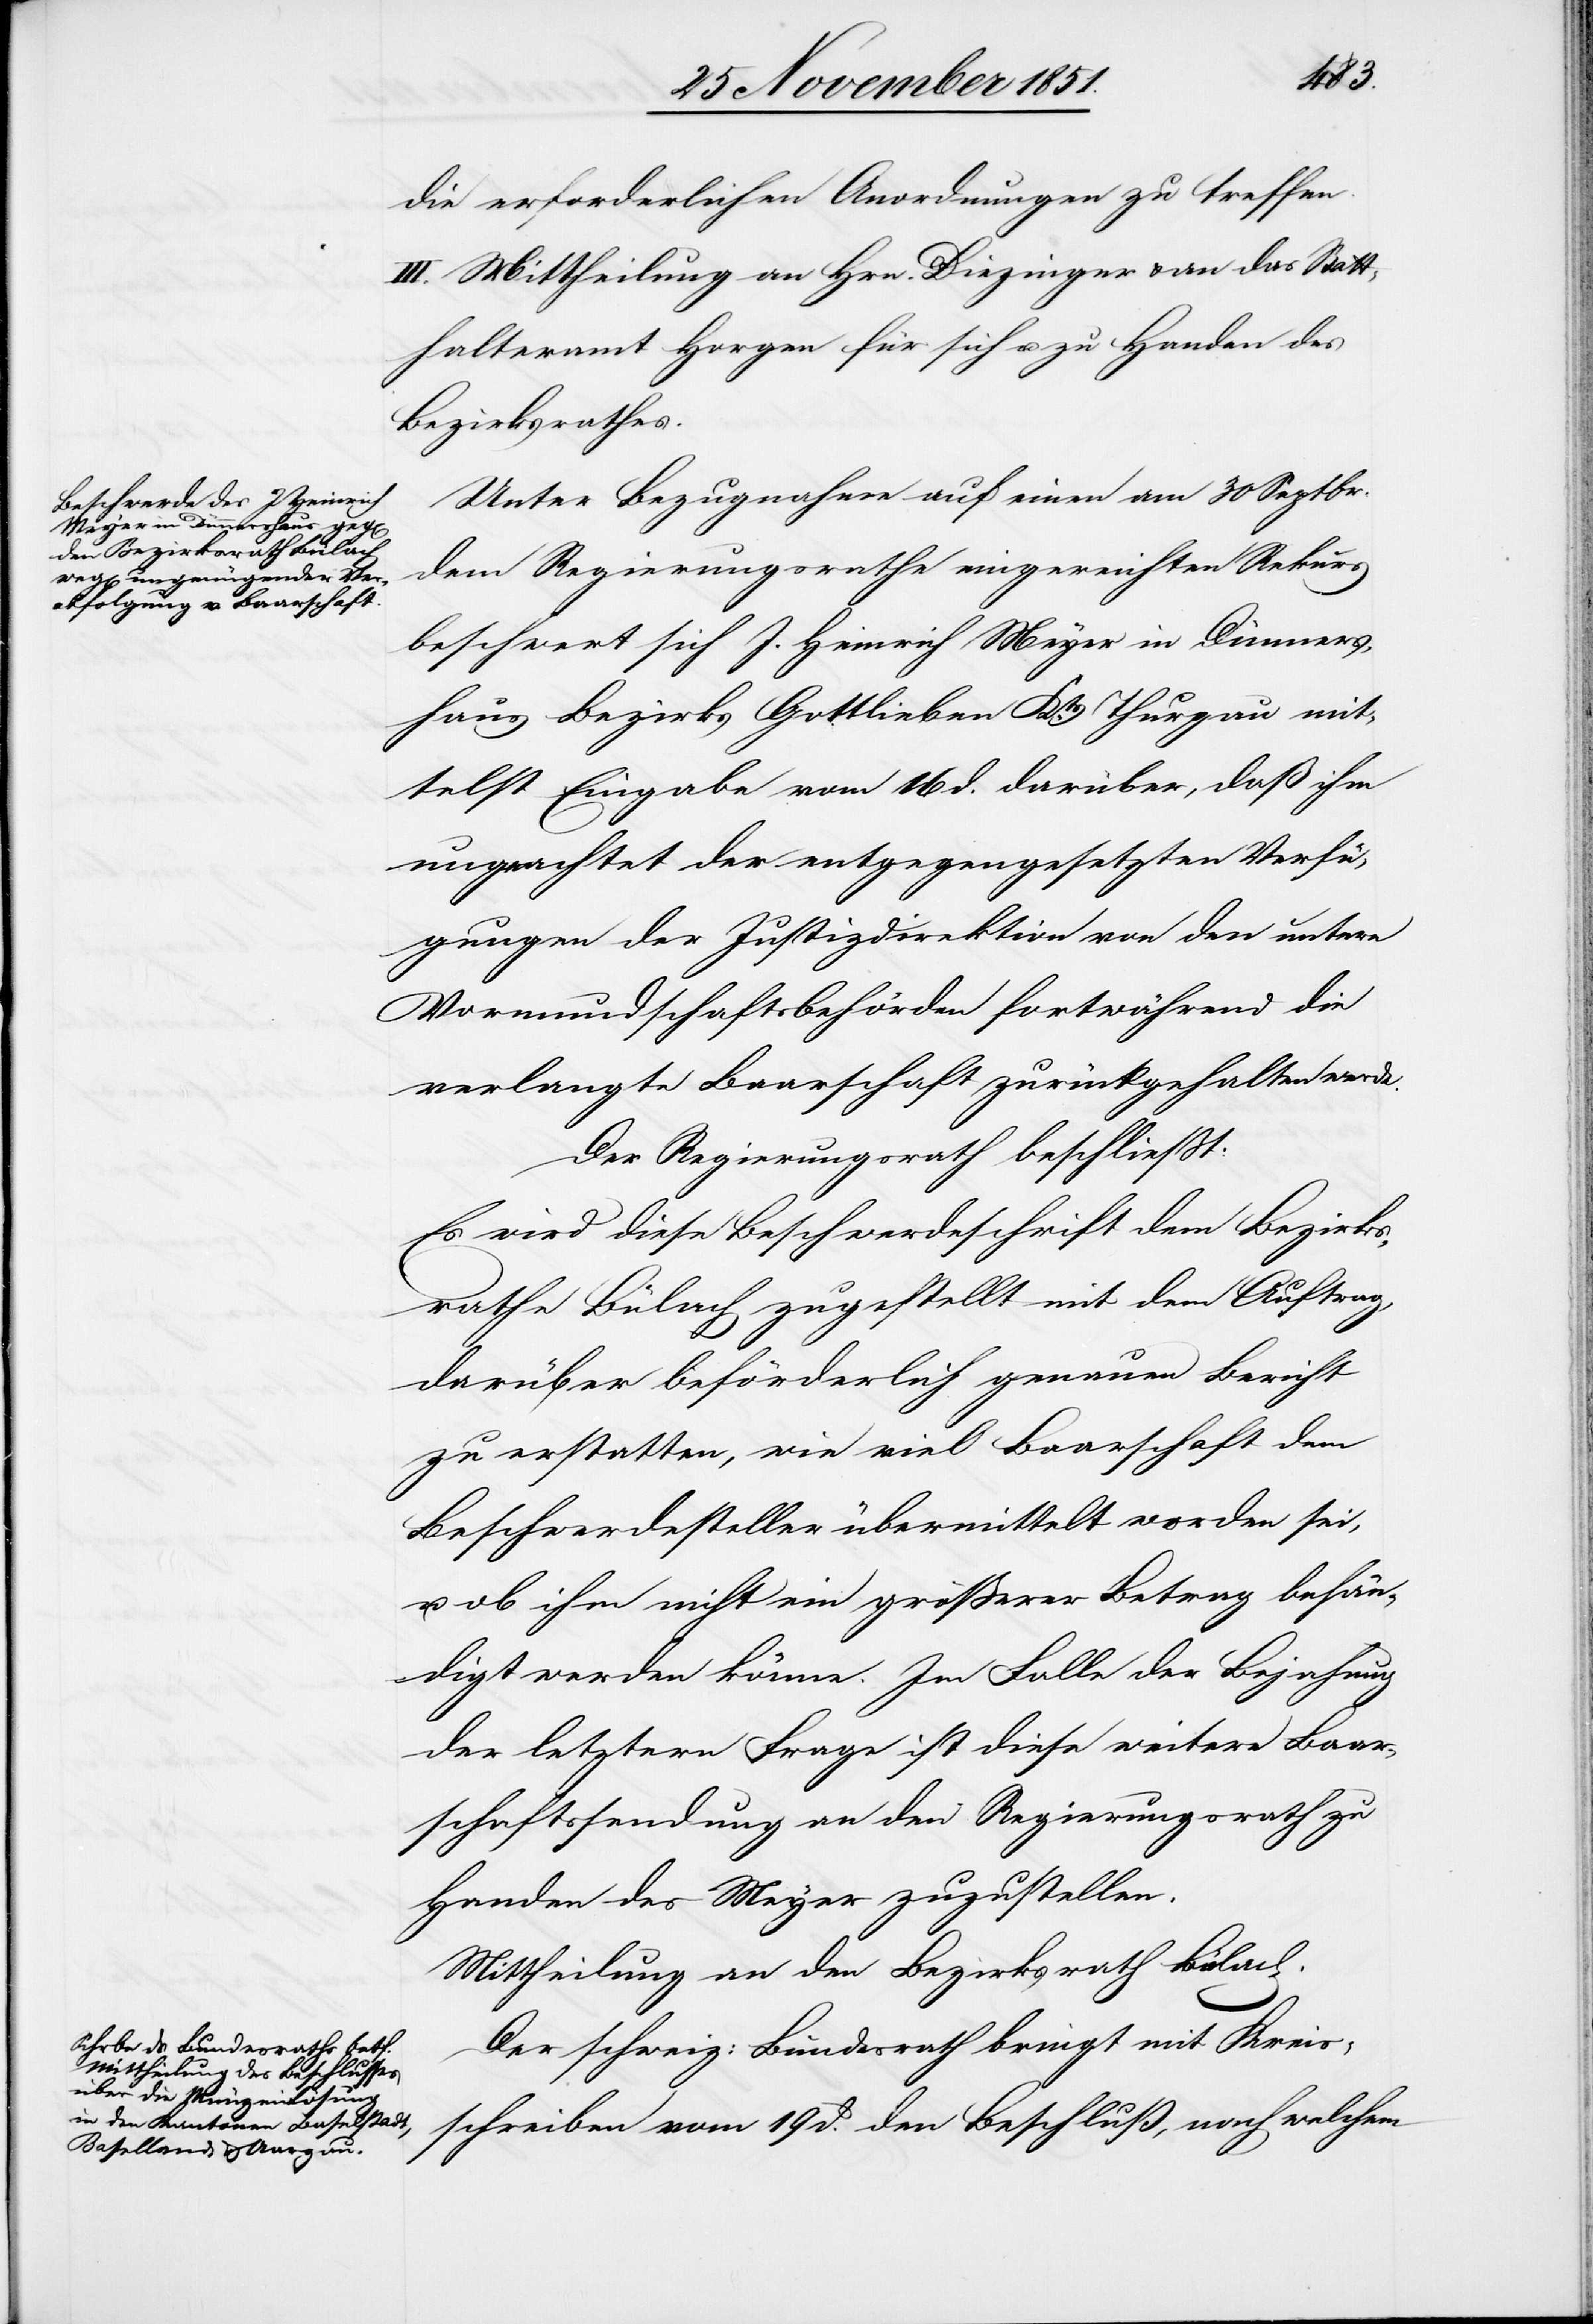
die erforderlichen Anordnungen zu treffen.
III. Mittheilung an Hrn. Diezinger & an das Statt¬
halteramt Horgen für sich u. zu Handen des
Bezirksrathes.
Unter Bezugnahme auf einen am 30 Septbr.
dem Regierungsrathe eingereichten Rekurs
beschwert sich J. Heinrich Meyer in Dünners¬
haus Bezirks Gottlieben Kts. Thurgau mit¬
telst Eingabe vom 16 d. darüber, daß ihm
ungeachtet der entgegengesetzten Verfü¬
gungen der Justizdirektion von den untern
Vormundschaftsbehörden fortwährend die
verlangte Baarschaft zurückgehalten werde.
Der Regierungsrath beschließt:
Es wird diese Beschwerdeschrift dem Bezirks¬
rathe Bülach zugestellt mit dem Auftrag,
darüber beförderlich genauen Bericht
zu erstatten, wie viel Baarschaft dem
Beschwerdesteller übermittelt worden sei,
u. ob ihm nicht ein größerer Betrag behän¬
digt werden könne. Im Falle der Bejahung
der letztern Frage ist diese weitere Baar¬
schaftssendung an den Regierungsrath zu
Handen des Meyer zuzustellen.
Mittheilung an den Bezirksrath Bülach.
Der schweiz: Bundesrath bringt mit Kreis¬
schreiben vom 19 d. den Beschluß, nach welchem